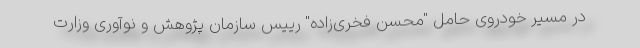
در مسیر خودروی حامل "محسن فخری‌زاده" رییس سازمان پژوهش و نوآوری وزارت